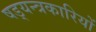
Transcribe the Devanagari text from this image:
षड्‍यन्त्रकारियों